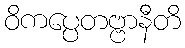
ဝိကပ္ပေတဗ္ဗာနီတိ